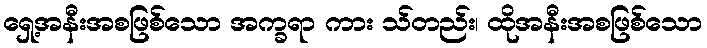
ရှေ့အနီးအစဖြစ်သော အက္ခရာ ကား သ်တည်း၊ ထိုအနီးအစဖြစ်သော